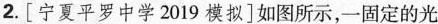
2.[宁夏平罗中学2019模拟]如图所示，一固定的光